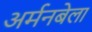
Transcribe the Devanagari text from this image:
अर्मनबेला